Lunatic asylums Central Provinces reports 1874-1885 - 1874-1885
Year: 1874
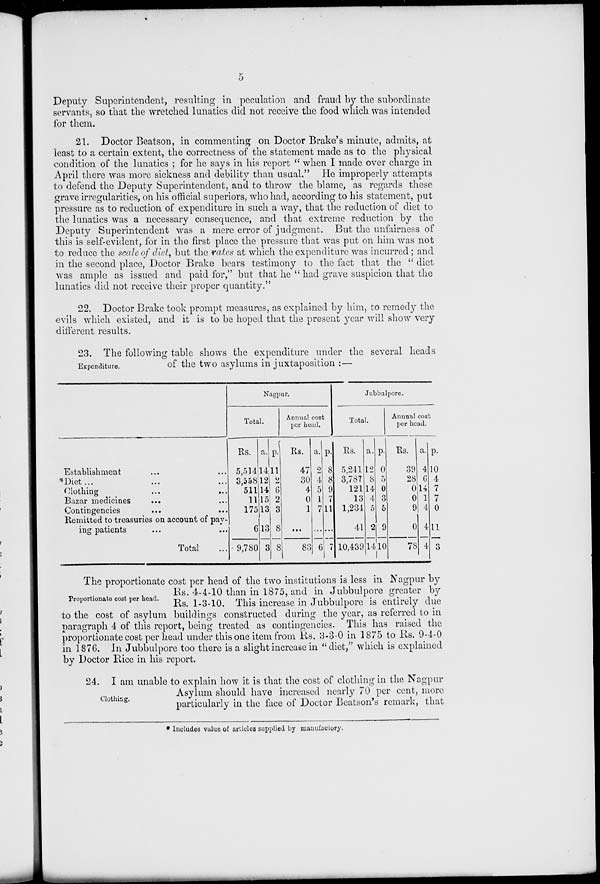
5
Deputy Superintendent, resulting in peculation and fraud by the subordinate
servants, so that the wretched lunatics did not receive the food which was intended
for them.
21. Doctor Beatson, in commenting on Doctor Brake's minute, admits, at
least to a certain extent, the correctness of the statement made as to the physical
condition of the lunatics ; for he says in his report " when I made over charge in
April there was more sickness and debility than usual." He improperly attempts
to defend the Deputy Superintendent, and to throw the blame, as regards these
grave irregularities, on his official superiors, who had, according to his statement, put
pressure as to reduction of expenditure in such a way, that the reduction of diet to
the lunatics was a necessary consequence, and that extreme reduction by the
Deputy Superintendent was a mere error of judgment. But the unfairness of
this is self-evident, for in the first place the pressure that was put on him was not
to reduce the scale of diet, but the rates at which the expenditure was incurred ; and
in the second place, Doctor Brake bears testimony to the fact that the " diet
was ample as issued and paid for," but that he " had grave suspicion that the
lunatics did not receive their proper quantity."
22. Doctor Brake took prompt measures, as explained by him, to remedy the
evils which existed, and it is to be hoped that the present year will show very
different results.
Expenditure.
23. The following table shows the expenditure under the several heads
of the two asylums in juxtaposition :—
Establishment ... ...
*Diet ... ... ...
Clothing
...
...
Bazar medicines ... ...
Contingencies ... ...
Remitted to treasuries on account of pay-
ing patients
Total ...
Nagpur.
Total.
Rs.
5,514
3,558
511
11
175
6
9,780
a.
14
12
14
15
13
13
3
p.
11
2
6
2
3
8
8
Annual cost
per head.
Rs.
47
30
4
0
1
…
83
a.
2
4
5
1
7
...
6
p.
8
8
9
7
11
...
7
Jubbulpore.
Total.
Rs.
5,241
3,787
121
13
1,234
41
10,439
a.
12
8
14
4
5
2
14
p.
0
5
0
3
5
9
10
Annual cost
per head.
Rs.
39
28
0
0
9
0
78
a.
4
6
14
1
4
4
4
p.
10
4
7
7
0
11
3
Proportionate cost per head.
The proportionate cost per head of the two institutions is less in Nagpur by
Rs. 4-4-10 than in 1875, and in Jubbulpore greater by
Rs. 1-3-10. This increase in Jubbulpore is entirely due
to the cost of asylum buildings constructed during the year, as referred to in
paragraph 4 of this report, being treated as contingencies. This has raised the
proportionate cost per head under this one item from Rs. 3-3-0 in 1875 to Rs. 9-4-0
in 1876. In Jubbulpore too there is a slight increase in "diet," which is explained
by Doctor Rice in his report.
Clothing.
24. I am unable to explain how it is that the cost of clothing in the Nagpur
Asylum should have increased nearly 70 per cent, more
particularly in the face of Doctor Beatson's remark, that
* Includes value of articles supplied by manufactory.